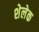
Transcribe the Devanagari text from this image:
शेलेक